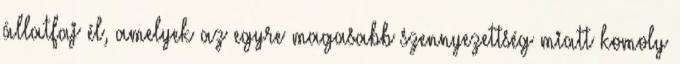
állatfaj él, amelyek az egyre magasabb szennyezettség miatt komoly